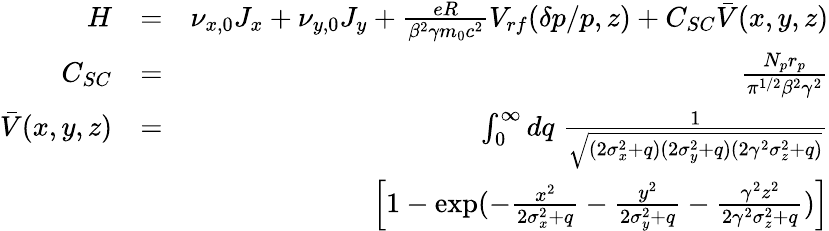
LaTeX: \begin{array}{rlr}{H}&{=}&{\nu_{x,0}J_{x}+\nu_{y,0}J_{y}+\frac{eR}{\beta^{2}\gamma m_{0}c^{2}}V_{rf}(\delta p/p,z)+C_{SC}\bar{V}(x,y,z)}\\ {C_{SC}}&{=}&{\frac{N_{p}r_{p}}{\pi^{1/2}\beta^{2}\gamma^{2}}}\\ {\bar{V}(x,y,z)}&{=}&{\int_{0}^{\infty}dq\; \frac{1}{\sqrt{(2\sigma_{x}^{2}+q)(2\sigma_{y}^{2}+q)(2\gamma^{2}\sigma_{z}^{2}+q)}}}\\ &{}&{\left[1-\exp(-\frac{x^{2}}{2\sigma_{x}^{2}+q}-\frac{y^{2}}{2\sigma_{y}^{2}+q}-\frac{\gamma^{2}z^{2}}{2\gamma^{2}\sigma_{z}^{2}+q})\right]}\end{array}